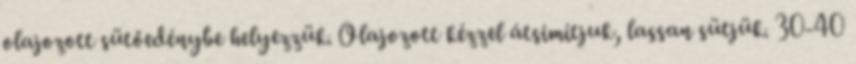
olajozott sütőedénybe helyezzük. Olajozott kézzel átsimítjuk, lassan sütjük. 30-40